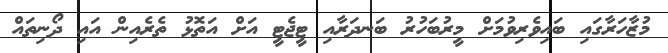
މުޒާހަރާގައި ބައިވެރިވުމަށް މީރުބަހުރު ބަނދަރާއި ޓީޖެޓީ އަށް އަތޮޅު ތެރެއިން އައި ދޯނިތައް